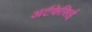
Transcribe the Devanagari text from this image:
अर्टकेसिई